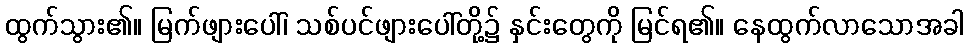
ထွက်သွား၏။ မြက်ဖျားပေါ်၊ သစ်ပင်ဖျားပေါ်တို့၌ နှင်းတွေကို မြင်ရ၏။ နေထွက်လာသောအခါ